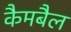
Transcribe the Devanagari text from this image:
कैमबैल